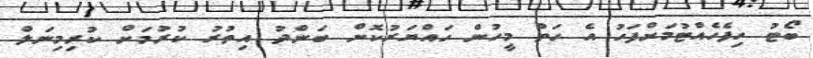
ބޯޓު ހިފެހެއްޓުމަށްފަހު އެ ހަތް މީހުން ހައްޔަރުކޮށް ބަންދު އިތުރު ކުރުމަށް ކުރިމިނަލް